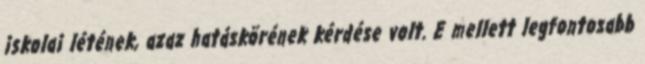
iskolai létének, azaz hatáskörének kérdése volt. E mellett legfontosabb